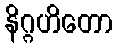
နိဂ္ဂဟိတော